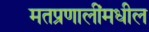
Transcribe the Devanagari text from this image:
मतप्रणालींमधील